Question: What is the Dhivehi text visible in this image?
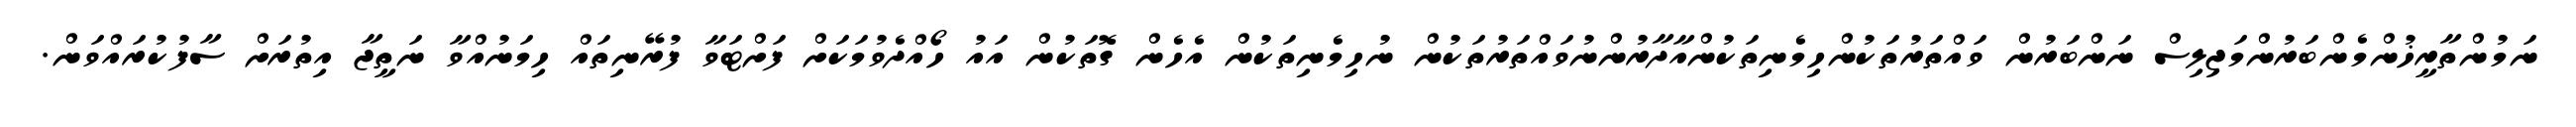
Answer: ނަމުންތާރީޚުންމެންބަރުންމަޖިލިސް ނަންބަރުން ވައްތަރުތަކުންހިމެނިތަކުންއާދާރުންނުވައްތަރުތަކުން ނުހިމެނިތަކުން އެހެން ގޮތަކުން އައު ހޯއްދެވުމަކަށް ފަށްޓަވާ ފުރޭނިތައް ހިމަނުއްވާ ނަތީޖާ އިތުރަށް ސާފުކުރައްވަން.